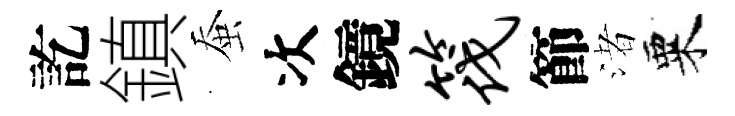
訖鎮蚕次鏡筏節渚粟